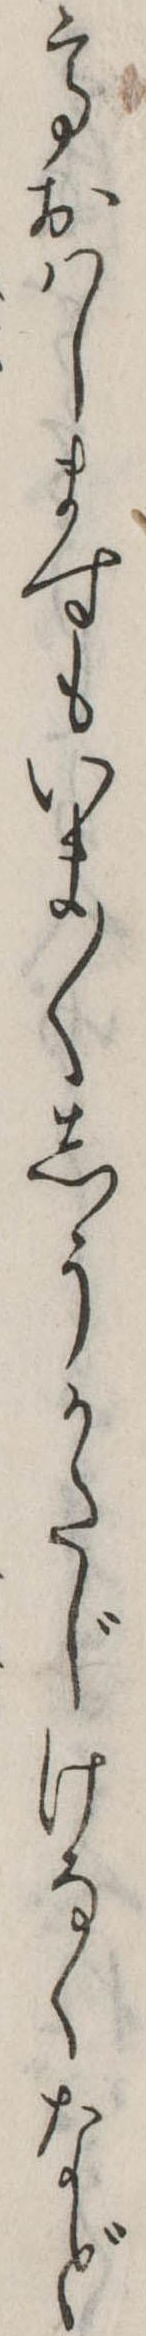
ておはしますもいま〱しうかたじけなくなど